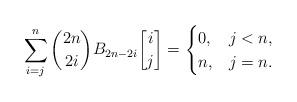
LaTeX: \begin{align*} \sum\limits_{i=j}^n {2n \choose 2i} B_{2n-2i} {i\brack j} = \begin{cases} 0, & j < n, \\ n, & j = n. \end{cases}\end{align*}